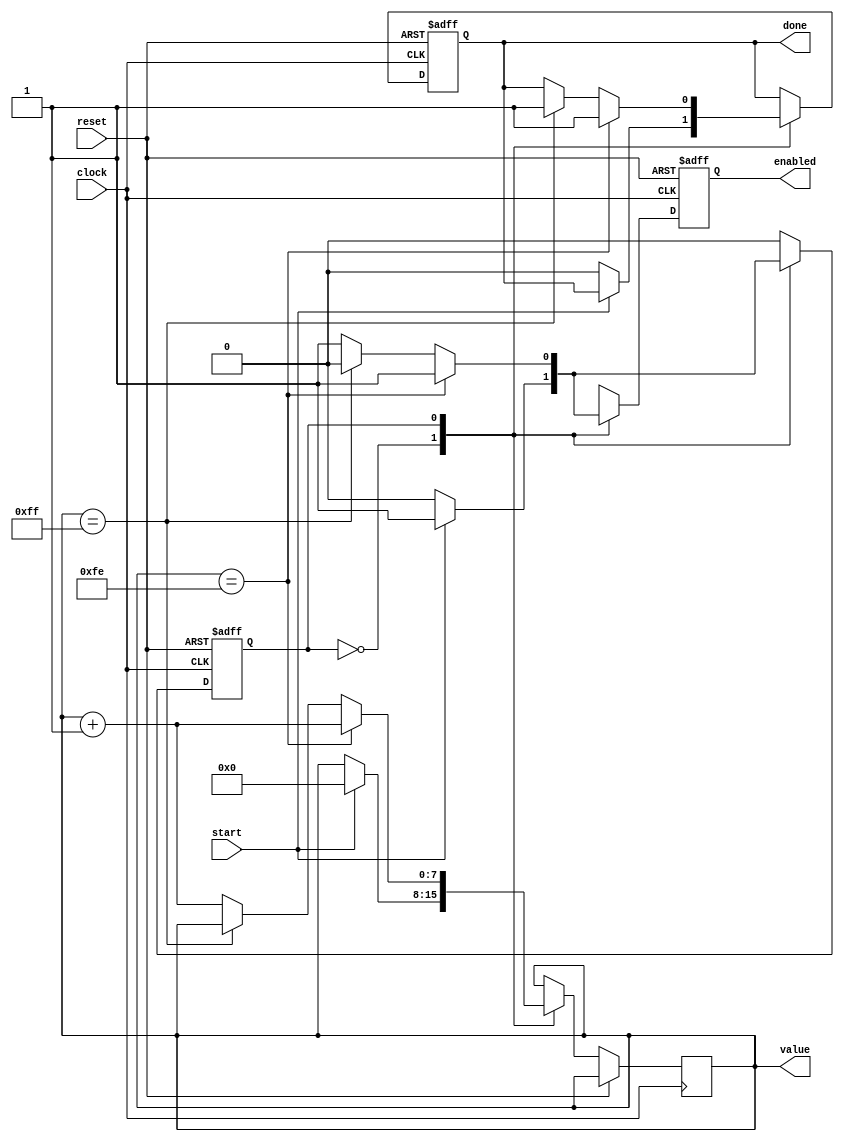
module counter #(
    // Parameters
    parameter COUNTER_SIZE = 8,
    parameter START_VALUE = 8'b00000000,
    parameter STOP_VALUE = 8'b11111111,
    parameter STEP_VALUE = 1'b1
) (
    // Inputs
    input clock,
    input reset,
    input start,
    
    // Outputs
    output reg done,
    output reg enabled,
    output reg [COUNTER_SIZE-1:0] value
);

    // States
    localparam STATE_WAIT = 1'b0;
    localparam STATE_COUNT = 1'b1;
    localparam OFF = 1'b0;
    localparam ON = 1'b1;

    // Internal Storage
    reg state;

    always @ (posedge clock or posedge reset) begin
        if (reset) begin
            state <= STATE_WAIT;
            enabled <= OFF;
            done <= OFF;
        end else begin
            case (state)
                STATE_WAIT: begin
                    if (start) begin
                        state <= STATE_COUNT;
                        value <= START_VALUE;
                        enabled <= ON;
                    end else begin
                        done <= OFF;
                        enabled <= OFF;
                    end
                end
                STATE_COUNT: begin
                    // Transition to Wait State
                    if (value == STOP_VALUE - STEP_VALUE) begin
                        value <= value + STEP_VALUE;
                        enabled <= ON;
                        done <= ON;
                    // Transition to Wait State
                    end else if (value == STOP_VALUE) begin
                        enabled <= OFF;
                        done <= ON;
                        state <= STATE_WAIT;
                    // or Cycle the Counter
                    end else begin
                        value <= value + STEP_VALUE;
                        enabled <= ON;
                    end
                end
            endcase
        end
    end
endmodule